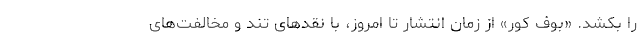
را بکشد. «بوف کور» از زمان انتشار تا امروز، با نقدهای تند و مخالفت‌های